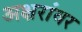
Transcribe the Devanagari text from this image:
अक्षरांवर